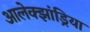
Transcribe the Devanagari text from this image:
आलेक्झांड्रिया